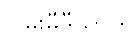
ငြမ်းမီဒီယာက